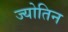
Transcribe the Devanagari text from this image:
ज्योतिन